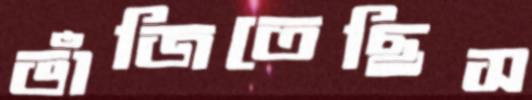
ভাঁজিতেছিস